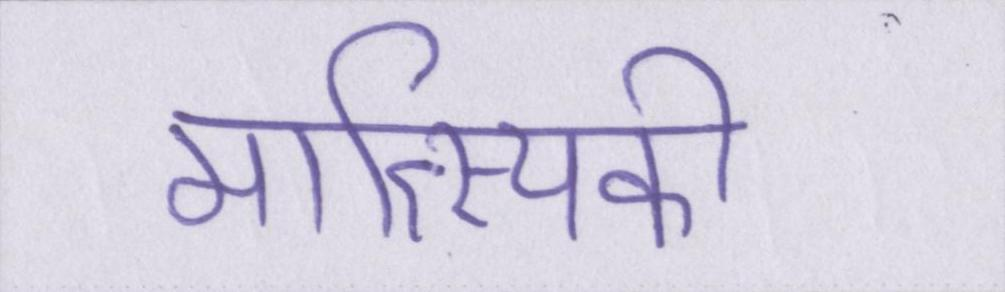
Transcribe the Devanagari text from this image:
मात्स्यिकी